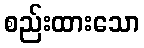
စည်းထားသော